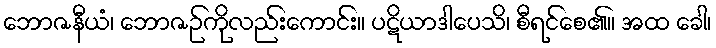
ဘောဇနီယံ၊ ဘောဇဉ်ကိုလည်းကောင်း။ ပဋိယာဒါပေသိ၊ စီရင်စေ၏။ အထ ခေါ၊